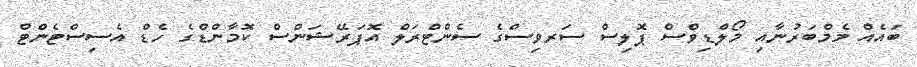
ބައެއް މެމްބަރުނާއި މޯލްޑިވްސް ޕޮލިސް ސަރވިސްގެ ސެންޓްރަލް އޮޕަރޭޝަންސް ކޮމާންޑްގެ ހެޑް އެސިސްޓެންޓް